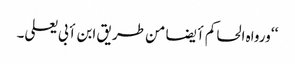
‘‘ ورواہ الحاکم أیضا من طریق ابن أبی یعلی۔